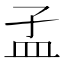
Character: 𥁂